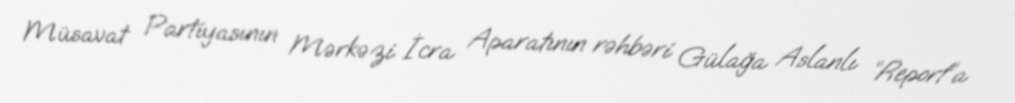
Müsavat Partiyasının Mərkəzi İcra Aparatının rəhbəri Gülağa Aslanlı “Report”a